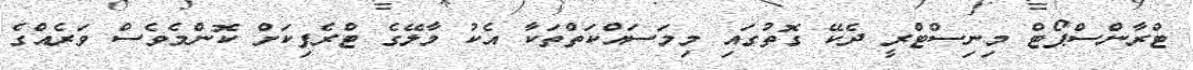
ޓްރާންސްޕޯޓް މިނިސްޓްރީ ދެކޭ ގޮތުގައި މިމަސައްކަތްތަކާ އެކު މާލޭގެ ޓްރެފިކަށް ކޮންމެވެސް ވަރެއްގެ